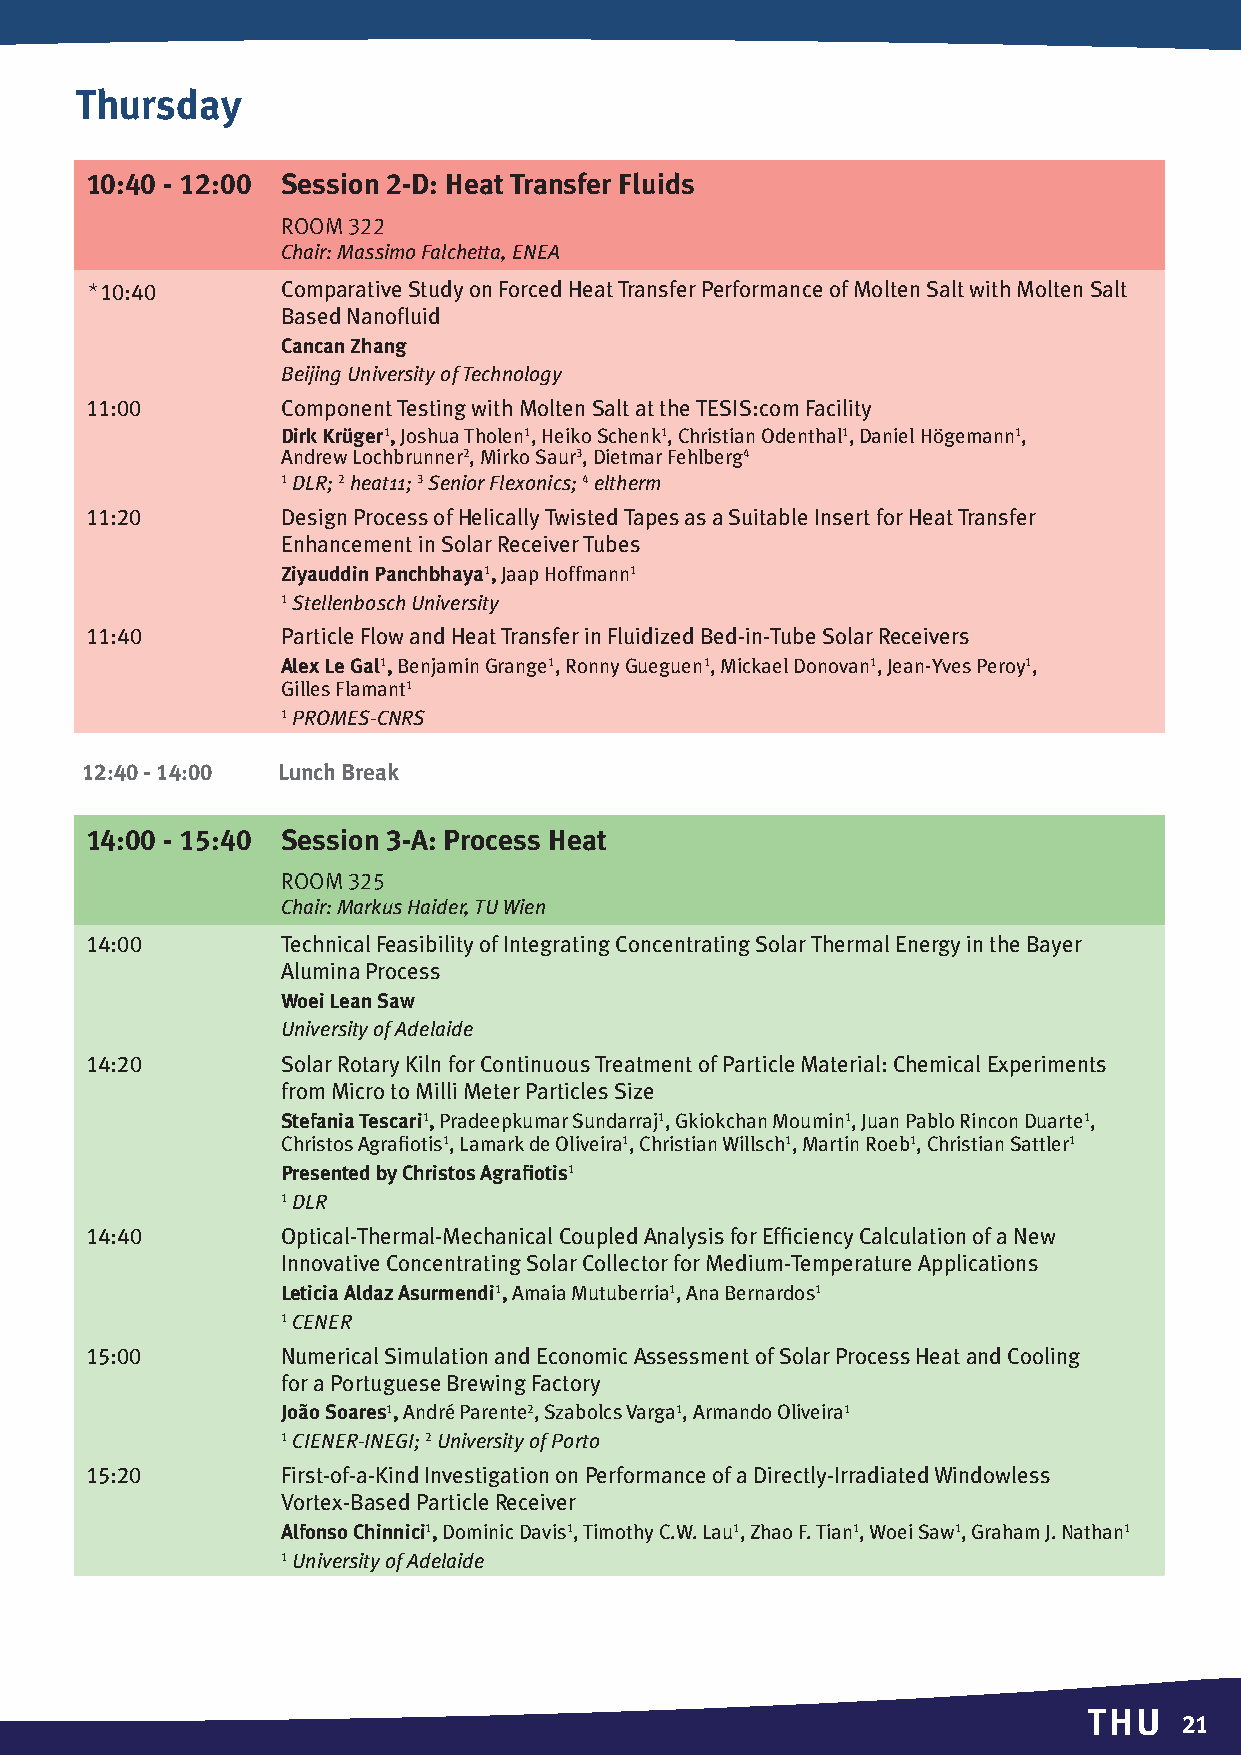
Thursday
 10:40 - 12:00 Session 2-D: Heat Transfer Fluids
 Room 322
 Chair: Massimo Falchetta, ENEA
 *10:40      Comparative Study on Forced Heat Transfer Performance of Molten Salt with Molten Salt
 Based Nanofluid
 Cancan Zhang
 Beijing University of Technology
 11:00       Component Testing with Molten Salt at the TESIS:com Facility
 Dirk Krüger1, Joshua Tholen1, Heiko Schenk1, Christian Odenthal1, Daniel Högemann1,
 Andrew Lochbrunner2, Mirko Saur3, Dietmar Fehlberg4
 1 DLR; 2 heat11; 3 Senior Flexonics; 4 eltherm
 11:20       Design Process of Helically Twisted Tapes as a Suitable Insert for Heat Transfer
 Enhancement in Solar Receiver Tubes
 Ziyauddin Panchbhaya1, Jaap Hoffmann1
 1 Stellenbosch University
 11:40       Particle Flow and Heat Transfer in Fluidized Bed-in-Tube Solar Receivers
 Alex Le Gal1, Benjamin Grange1, Ronny Gueguen1, Mickael Donovan1, Jean-Yves Peroy1,
 Gilles Flamant1
 1 PROMES-CNRS
 12:40 - 14:00 Lunch Break
 14:00 - 15:40 Session 3-A: Process Heat
 Room 325
 Chair: Markus Haider, TU Wien
 14:00       Technical Feasibility of Integrating Concentrating Solar Thermal Energy in the Bayer
 Alumina Process
 Woei Lean Saw
 University of Adelaide
 14:20       Solar Rotary Kiln for Continuous Treatment of Particle Material: Chemical Experiments
 from Micro to Milli Meter Particles Size
 Stefania Tescari1, Pradeepkumar Sundarraj1, Gkiokchan Moumin1, Juan Pablo Rincon Duarte1,
 Christos Agrafiotis1, Lamark de Oliveira1, Christian Willsch1, Martin Roeb1, Christian Sattler1
 Presented by Christos Agrafiotis1
 1 DLR
 14:40       Optical-Thermal-Mechanical Coupled Analysis for Efficiency Calculation of a New
 Innovative Concentrating Solar Collector for Medium-Temperature Applications
 Leticia Aldaz Asurmendi1, Amaia Mutuberria1, Ana Bernardos1
 1 CENER
 15:00       Numerical Simulation and Economic Assessment of Solar Process Heat and Cooling
 for a Portuguese Brewing Factory
 João Soares1, André Parente2, Szabolcs Varga1, Armando Oliveira1
 1 CIENER-INEGI; 2 University of Porto
 15:20       First-of-a-Kind Investigation on Performance of a Directly-Irradiated Windowless
 Vortex-Based Particle Receiver
 Alfonso Chinnici1, Dominic Davis1, Timothy C.W. Lau1, Zhao F. Tian1, Woei Saw1, Graham J. Nathan1
 1 University of Adelaide
 THU
 2211